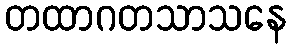
တထာဂတသာသနေ